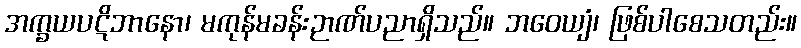
အက္ခယပဋိဘာနော၊ မကုန်မခန်းဉာဏ်ပညာရှိသည်။ ဘဝေယျံ၊ ဖြစ်ပါစေသတည်း။